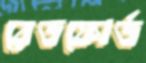
রেডফোর্ড